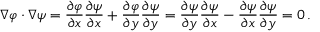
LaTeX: \nabla \varphi \cdot \nabla \psi = { \frac { \partial \varphi } { \partial x } } { \frac { \partial \psi } { \partial x } } + { \frac { \partial \varphi } { \partial y } } { \frac { \partial \psi } { \partial y } } = { \frac { \partial \psi } { \partial y } } { \frac { \partial \psi } { \partial x } } - { \frac { \partial \psi } { \partial x } } { \frac { \partial \psi } { \partial y } } = 0 \, .